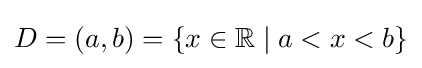
D=(a,b)=\{x\in \mathbb {R} \mid a<x<b\}